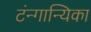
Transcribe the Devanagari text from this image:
टंन्गान्यिका